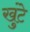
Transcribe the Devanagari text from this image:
खुंटे